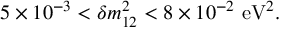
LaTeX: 5 \times 1 0 ^ { - 3 } < \delta { m } _ { 1 2 } ^ { 2 } < 8 \times 1 0 ^ { - 2 } ~ \mathrm { { e V } } ^ { 2 } .